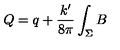
Q = q + \frac { k ^ { \prime } } { 8 \pi } \int _ { \Sigma } B